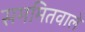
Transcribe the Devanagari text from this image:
सममितवाले